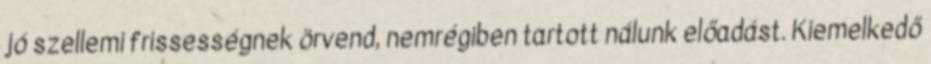
jó szellemi frissességnek örvend, nemrégiben tartott nálunk előadást. Kiemelkedő